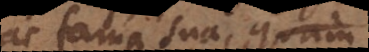
ac fama sua, quam